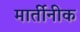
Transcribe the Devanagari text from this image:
मार्तीनीक